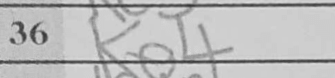
Transcription: Ke4